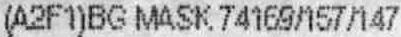
(A2F1)BG MASK 74169/157/147